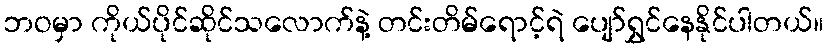
ဘဝမှာ ကိုယ်ပိုင်ဆိုင်သလောက်နဲ့ တင်းတိမ်ရောင့်ရဲ ပျော်ရွှင်နေနိုင်ပါတယ်။